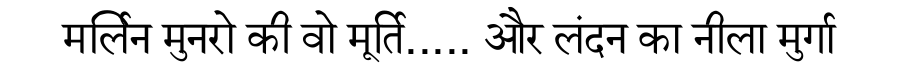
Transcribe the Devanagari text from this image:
मर्लिन मुनरो की वो मूर्ति..... और लंदन का नीला मुर्गा